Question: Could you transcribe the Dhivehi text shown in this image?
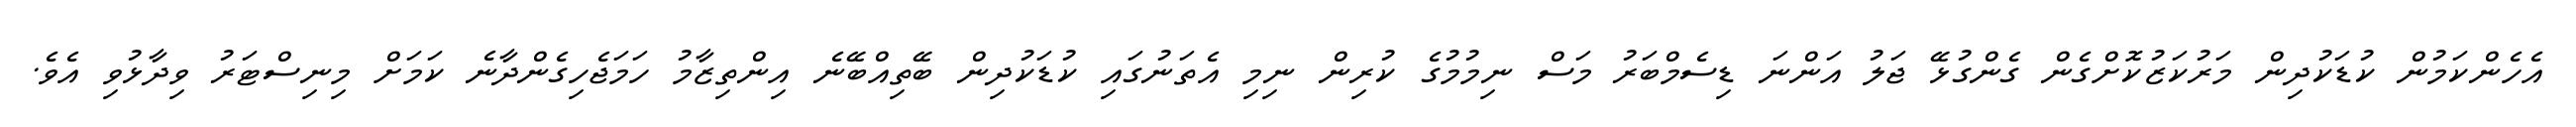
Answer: އެހެންކަމުން ކުޑަކުދިން މަރުކަޒުކޮށްގެން ގެންގުޅޭ ޖަލު އަންނަ ޑިސެމްބަރު މަސް ނިމުމުގެ ކުރިން ނިމި އެތަނުގައި ކުޑަކުދިން ބޭތިއްބޭނެ އިންތިޒާމު ހަމަޖެހިގެންދާނެ ކަމަށް މިނިސްޓަރު ވިދާޅުވި އެވެ.